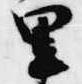
里